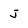
Character: j